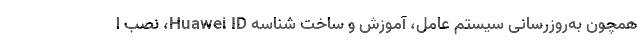
همچون به‌روزرسانی سیستم عامل، آموزش و ساخت شناسه Huawei ID، نصب ا